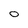
Character: o